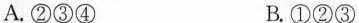
A.②③④ B.①②③